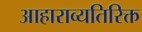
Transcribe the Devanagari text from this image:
आहाराव्यतिरिक्त